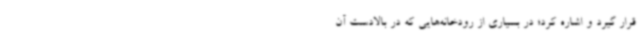
قرار گیرد و اشاره کرد؛ در بسیاری از رودخانه‌هایی که در بالادست آن